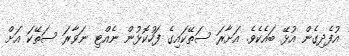
އުފެދިގެން އުޅޭ ބައެކެވެ. އަށާރަ ސަތޭކައިގެ ފަހުކޮޅުން ނެއްޓި ނަވާރަ ސަތޭކަ އަށް